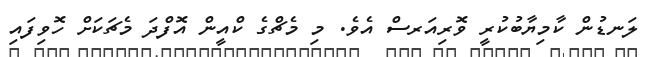
ލަނޑުން ކާމިޔާބުކުރީ ވޮރިއަރސް އެވެ. މި މެޗްގެ ކްއީން އޮފްދަ މެޗަކަށް ހޮވިފައި